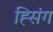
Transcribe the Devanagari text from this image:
ह्सिंग